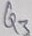
Text: Q3